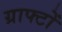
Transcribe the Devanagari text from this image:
ग्राफ्टों